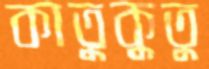
কাতুকুতু